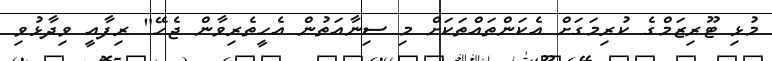
މުޅި ޓޫރިޒަމްގެ ކުރިމަގަށް އެކަންތައްތަކަށް މި ސިނާއަތުން އެހީތެރިވާން ޖެހޭ" ރިފާއީ ވިދާޅުވި